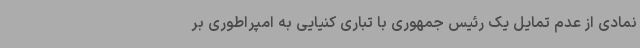
نمادی از عدم تمایل یک رئیس جمهوری با تباری کنیایی به امپراطوری بر